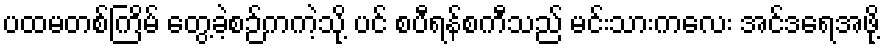
ပထမတစ်ကြိမ် တွေ့ခဲ့စဉ်ကကဲ့သို့ ပင် စပီရန်စကီသည် မင်းသားကလေး အင်ဒရေအဖို့